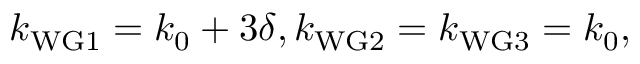
k _ { \mathrm { W G 1 } } = k _ { 0 } + 3 \delta , k _ { \mathrm { W G 2 } } = k _ { \mathrm { W G 3 } } = k _ { 0 } ,